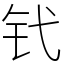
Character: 𬬩